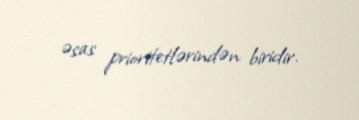
əsas prioritetlərindən biridir.